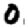
Digit: 0